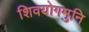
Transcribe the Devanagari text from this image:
शिवयोगमुनि